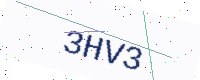
Text: 3HV3